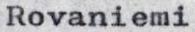
Rovaniemi